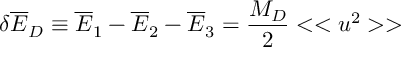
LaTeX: \delta { \overline { { E } } } _ { D } \equiv { \overline { { E } } } _ { 1 } - { \overline { { E } } } _ { 2 } - { \overline { { E } } _ { 3 } } = { \frac { M _ { D } } { 2 } } < < u ^ { 2 } > >